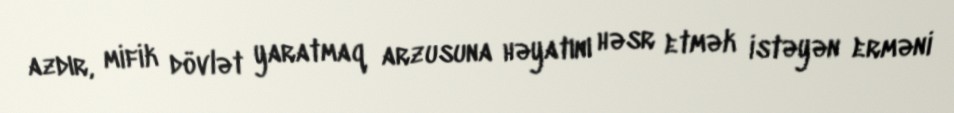
azdır, mifik dövlət yaratmaq arzusuna həyatını həsr etmək istəyən erməni